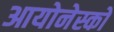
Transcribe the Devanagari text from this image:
आयोनेस्को